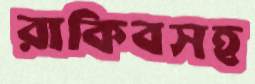
রাকিবসহ